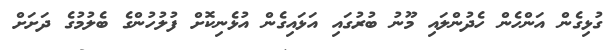
ގުޅިގެން އަންހެން ހެދުންލައި މޫނު ބުރުގައި އަޅައިގެން އުޅެނިކޮށް ފުލުހުންގެ ބެލުމުގެ ދަށަށް